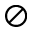
\oslash